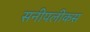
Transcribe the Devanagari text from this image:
सनीपलीकस